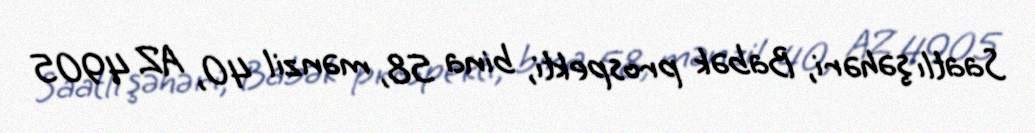
Saatlı şəhəri, Babək prospekti, bina 58, mənzil 40, AZ 4905